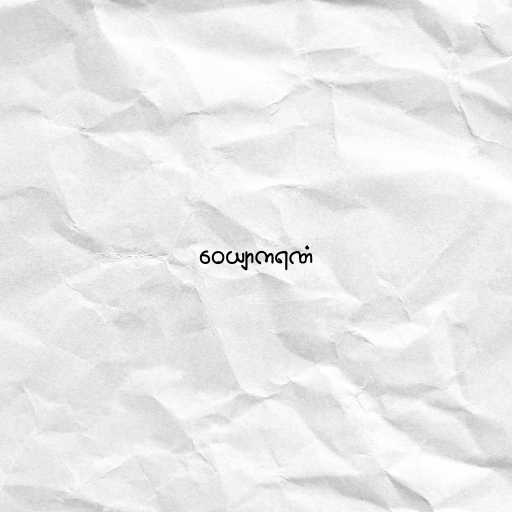
ဝေယျာကရဏံ